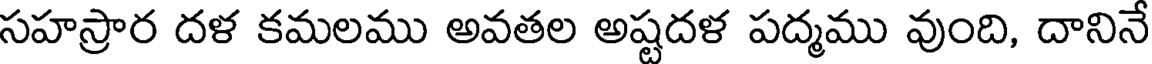
సహస్రార దళ కమలము అవతల అష్టదళ పద్మము వుంది, దానినే